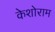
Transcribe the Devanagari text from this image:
केशोराम